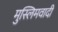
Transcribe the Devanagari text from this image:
मुस्लिमवादी